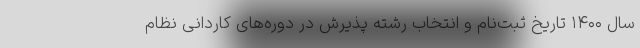
سال ۱۴۰۰ تاریخ ثبت‌نام و انتخاب رشته پذیرش در دوره‌های کاردانی نظام